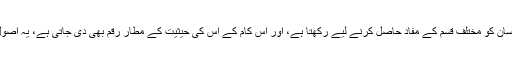
یہ تو دنیا کا اصول ہے کہ ہر بڑا انسان اپنے سے چھوٹے انسان کو مختلف قسم کے مفاد حاصل کرنے لیے رکھتا ہے، اور اس کام کے اس کی حیثیت کے مطار رقم بھی دی جاتی ہے، یہ اصول یا فارمولا پوری دنیا کے ہر قسم کے ادارے میں چلتا ہے۔